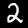
Label: 2